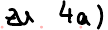
zu 4a)